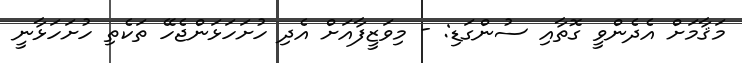
މަޤާމަށް އެދެންވީ ގޮތާއި ސުންގަޑި: - މިވަޒީފާއަށް އެދި ހުށަހަޅަންޖެހޭ ތަކެތި ހުށަހަޅާނީ